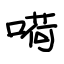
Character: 嗬